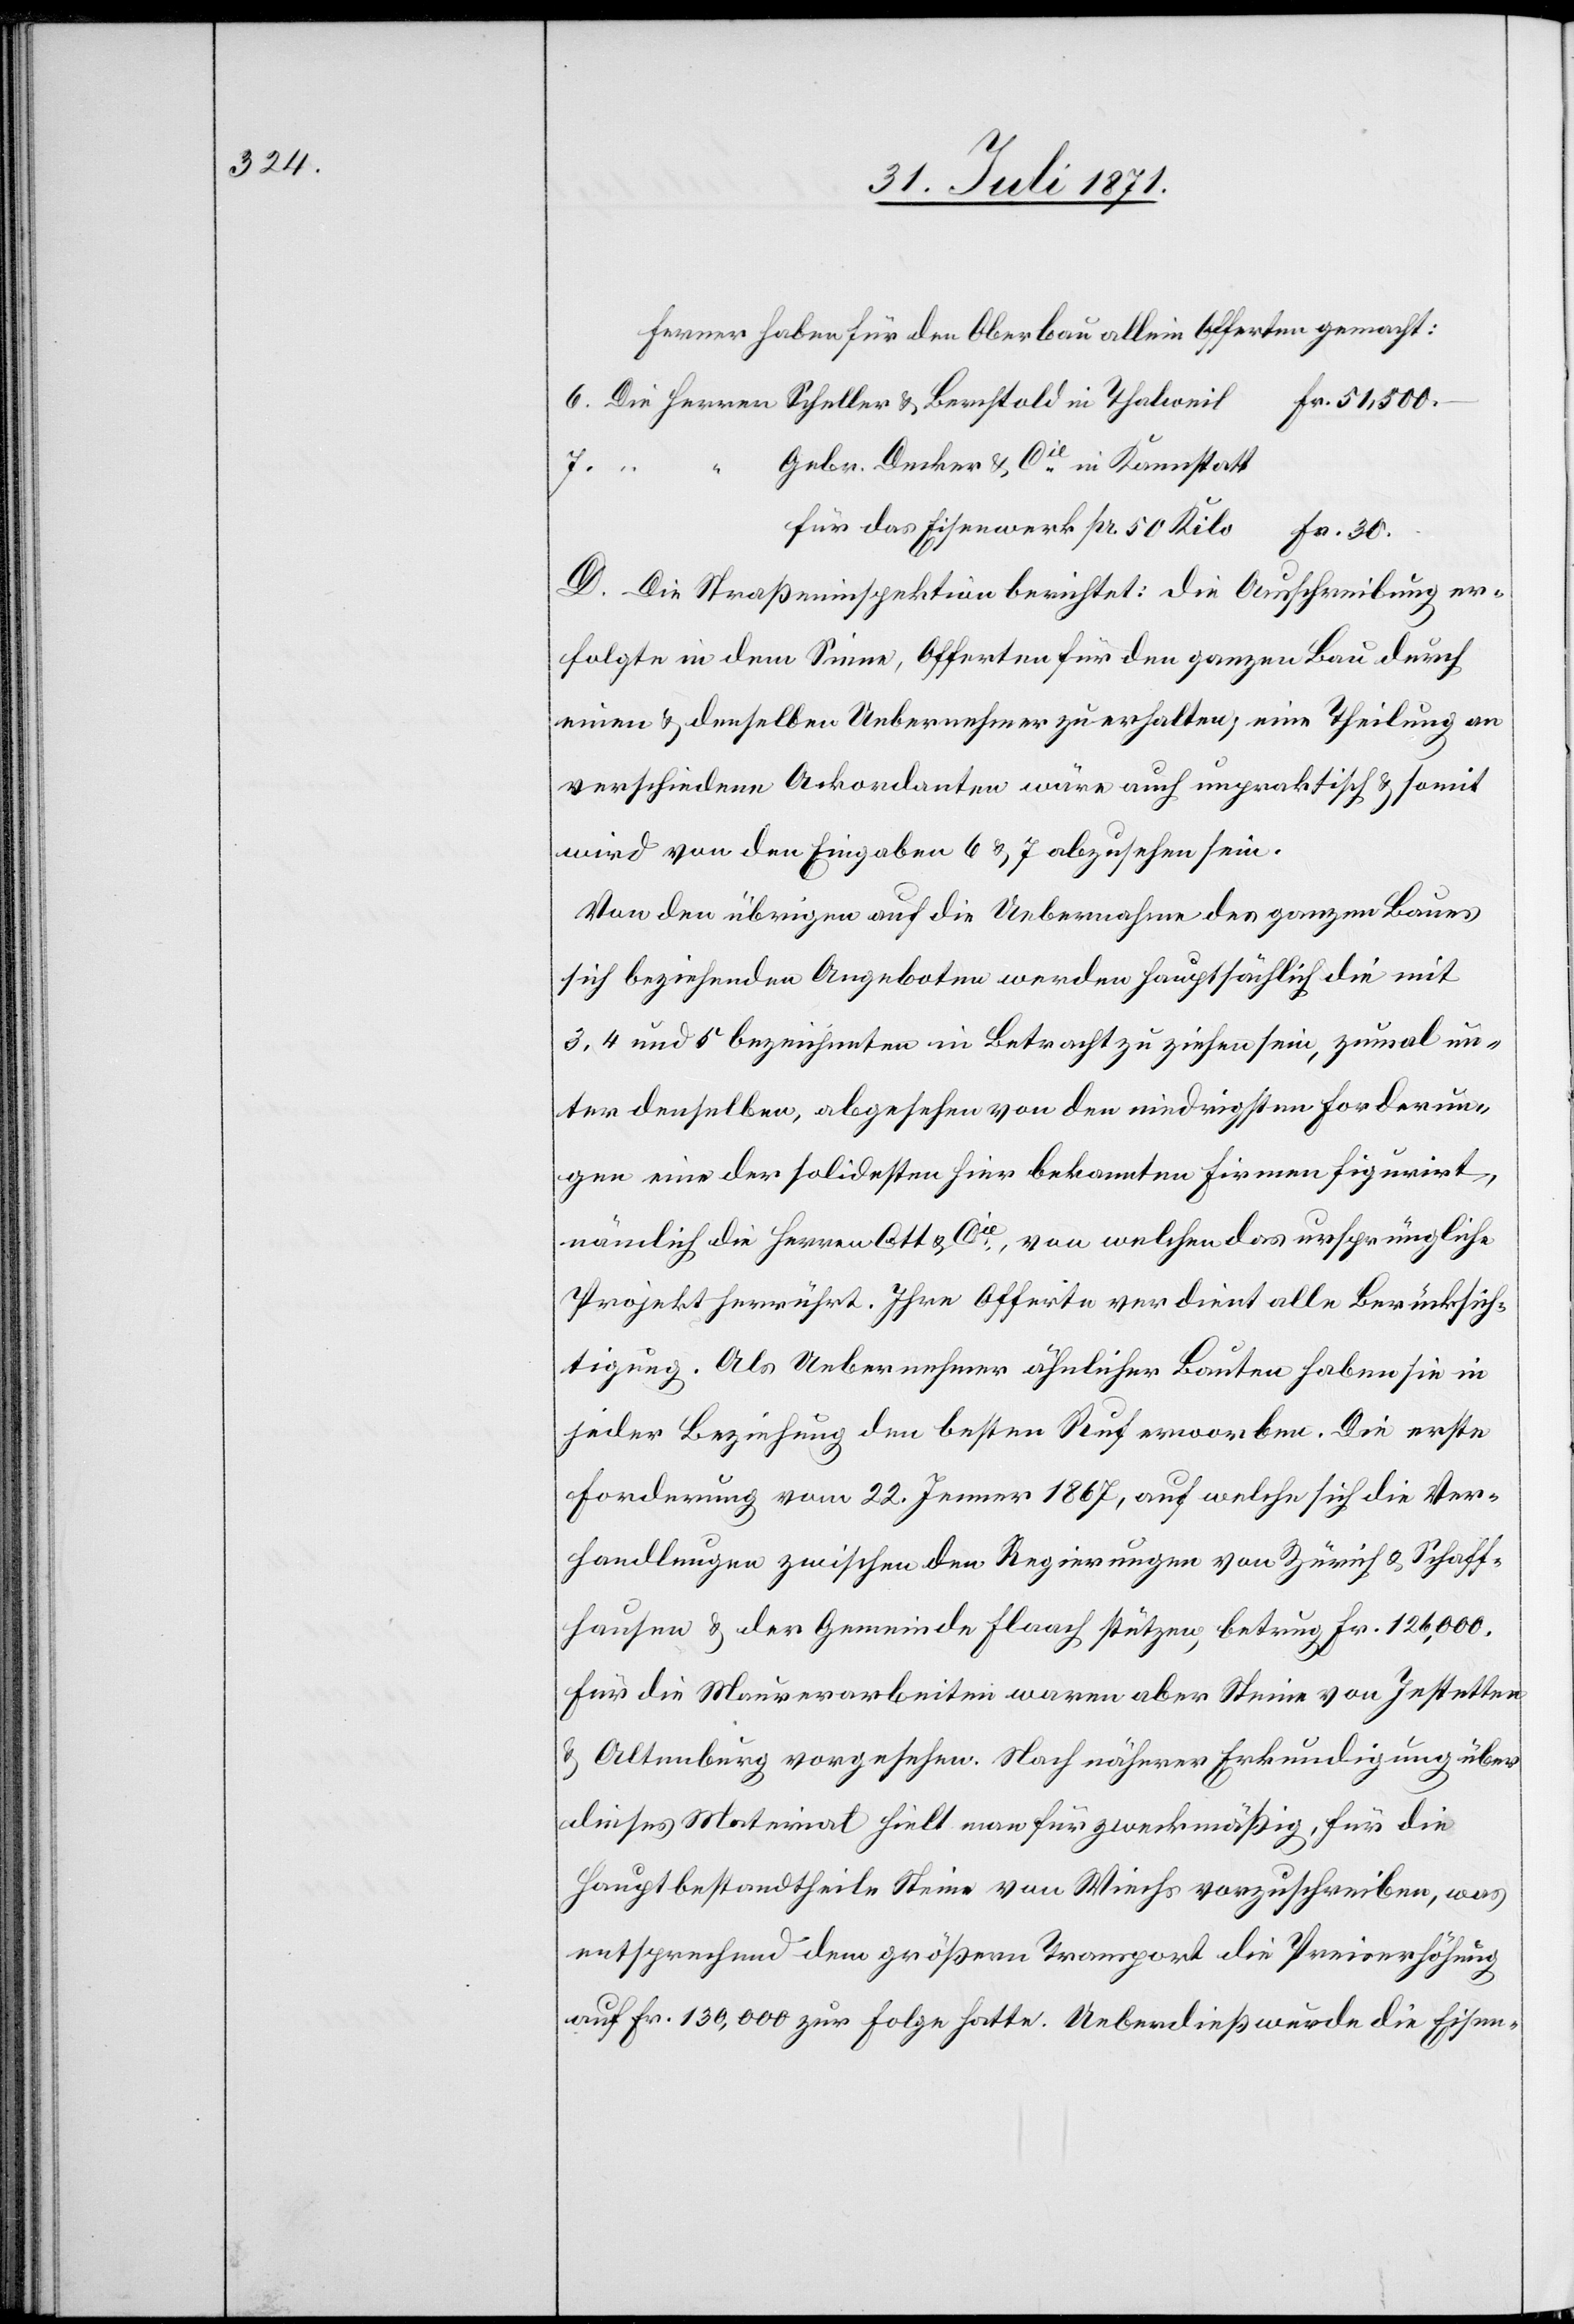
Ferner haben für den Oberbau allein Offerten gemacht:
6. Die Herren Scheller u. Berchtold in Thalwei¬
Fr. 51,500.
7.
Gebr. Decker u. Cie. in Kannstatt
l
für das Eisenwerk pr. 50 Kilo
Fr. 30.
D. Die Straßeninspektion berichtet: die Ausschreibung er¬
folgte in dem Sinne, Offerten für den ganzen Bau durch
einen u. denselben Uebernehmer zu erhalten, eine Theilung an
verschiedene Ackordanten wäre auch unpraktisch u. somit
wird von den Eingaben 6 u. 7 abgesehen sein.
Von den übrigen auf die Uebernahme des ganzen Baues
sich beziehenden Angeboten werden hauptsächlich die mit
3, 4 und 5 bezeichneten in Betracht zu ziehen sein, zumal un¬
ter denselben, abgesehen von den niedrigsten Forderun¬
gen eine der solidesten hier bekannten Firmen figurirt,
nämlich die Herren Ott u. Cie., von welchen das ursprüngliche
Projekt herrührt. Ihre Offerte verdient alle Berücksich¬
tigung. Als Uebernehmer ähnlicher Bauten haben sie in
jeder Beziehung den besten Ruf erworben. Die erste
Forderung vom 22. Jenner 1867, auf welche sich die Ver¬
handlungen zwischen den Regierungen von Zürich u. Schaff¬
hausen u. der Gemeinde Flaach stützen, betrug Fr. 126,000.
Für die Maurerarbeiten waren aber Steine von Jestetten
u. Altenburg vorgesehen. Nach näherer Erkundigung über
dieses Material hielt man für zweckmäßig, für die
Hauptbestandtheile Steine von Wiechs vorzuschreiben, was
entsprechend dem größern Transport die Preiserhöhung
auf Fr. 130,000 zur Folge hatte. Ueberdieß wurde die Eisen-